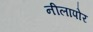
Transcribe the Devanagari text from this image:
नीलापोर